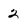
Character: 2